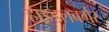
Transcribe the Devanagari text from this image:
हाइडलबर्गर